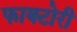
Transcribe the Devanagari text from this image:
फाक्टोरी